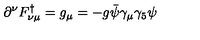
\partial ^ { \nu } F _ { \nu \mu } ^ { \dagger } = g _ { \mu } = - g \bar { \psi } \gamma _ { \mu } \gamma _ { 5 } \psi